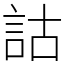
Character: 詁